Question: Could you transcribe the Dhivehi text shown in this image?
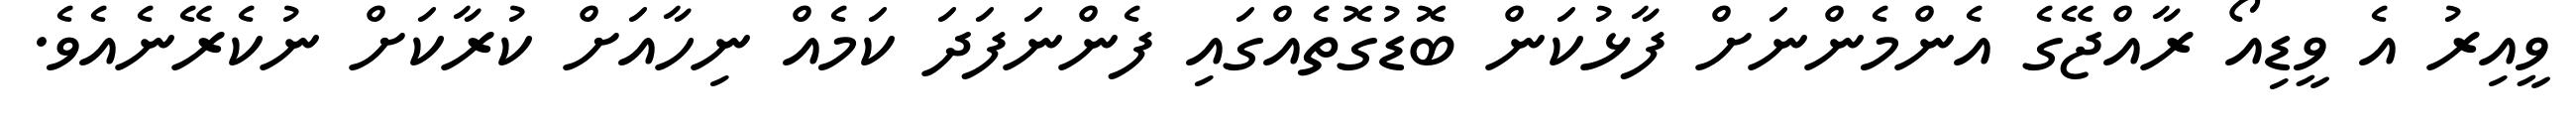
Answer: ވީއިރު އެ ވީޑިއޯ ރާއްޖޭގެ އެންމެންނަށް ފާޅުކަން ބޮޑުގޮތެއްގައި ފެންނަފަދަ ކަމެއް ނިހާއަށް ކުރާކަށް ނުކެރޭނެއެވެ.